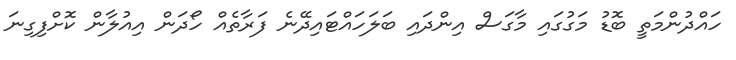
ހައްދުންމަތީ ބޮޑު މަގުގައި މާގަސް އިންދައި ބަލަހައްޓައިދޭނެ ފަރާތެއް ހޯދަން އިއުލާން ކޮށްފިގިނަ